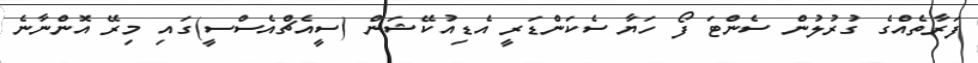
ފަރާތެއްގެ ގުރުލުން ސެންޓަ ފޯ ހަޔާ ސެކަންޑަރީ އެޑިއުކޭޝަން (ސީއެޗްއެސްސީ)ގައި މިރޭ އޮންނާނެ